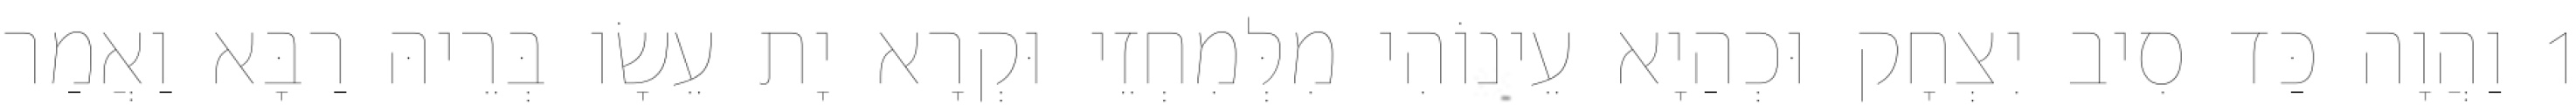
1 וַהֲוָה כַּד סִיב יִצְחָק וּכְהַיָא עֵינוֹהִי מִלְּמִחְזֵי וּקְרָא יָת עֵשָׂו בְּרֵיהּ רַבָּא וַאֲמַר